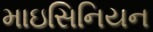
માઇસિનિયન